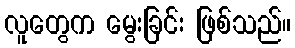
လူတွေက မွေးခြင်း ဖြစ်သည်။